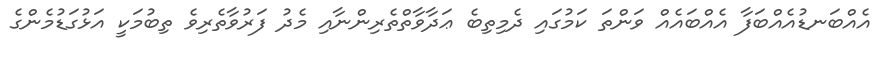
އެއްބަނޑުއެއްބަފާ އެއްބައެއް ވަންތަ ކަމުގައި ދެމިތިބެ ޢަދާވާތްތެރިންނާއި މެދު ފަރުވާތެރިވެ ތިބުމަކީ އަޅުގަޑުމެންގެ